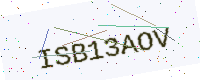
Text: ISB13AOV